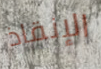
الإنقاذ